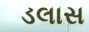
ડલાસ